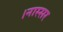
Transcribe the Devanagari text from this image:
।नास्सर